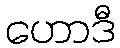
ဟောဒီ